Report of the Indian Hemp Drugs Commission, 1894-1895 - Volume VII
Year: 1894
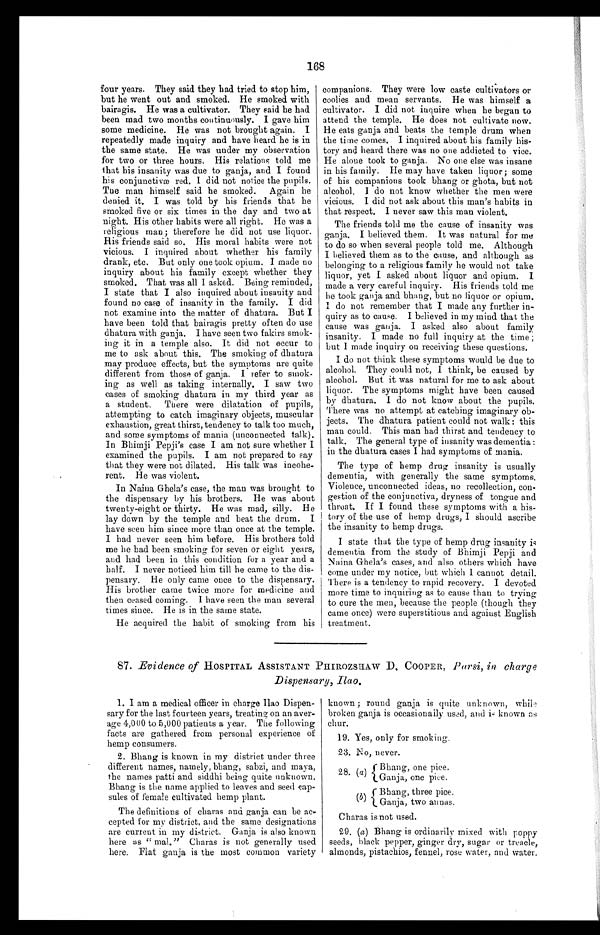
168
four years. They said they had tried to stop him,
but he went out and smoked. He smoked with
bairagis. He was a cultivator. They said he had
been mad two months continuously. I gave him
some medicine. He was not brought again. I
repeatedly made inquiry and have heard he is in
the same state. He was under my observation
for two or three hours. His relations told me
that his insanity was due to ganja, and I found
his conjunctivæ red. I did not notice the pupils.
The man himself said he smoked. Again he
denied it. I was told by his friends that he
smoked five or six times in the day and two at
night. His other habits were all right. He was a
religious man; therefore he did not use liquor.
His friends said so. His moral habits were not
vicious. I inquired about whether his family
drank, etc. But only one took opium. I made no
inquiry about his family except whether they
smoked. That was all I asked. Being reminded,
I state that I also inquired about insanity and
found no case of insanity in the family. I did
not examine into the matter of dhatura. But I
have been told that bairagis pretty often do use
dhatura with ganja. I have seen two fakirs smok-
ing it in a temple also. It did not occur to
me to ask about this. The smoking of dhatura
may produce effects, but the symptoms are quite
different from those of ganja. I refer to smok-
ing as well as taking internally. I saw two
cases of smoking dhatura in my third year as
a student. There were dilatation of pupils,
attempting to catch imaginary objects, muscular
exhaustion, great thirst, tendency to talk too much,
and some symptoms of mania (unconnected talk).
In Bhimji Pepji's case I am not sure whether I
examined the pupils. I am not prepared to say
that they were not dilated. His talk was incohe-
rent. He was violent.
In Naina Ghela's case, the man was brought to
the dispensary by his brothers. He was about
twenty-eight or thirty. He was mad, silly. He
lay down by the temple and beat the drum. I
have seen him since more than once at the temple.
I had never seen him before. His brothers told
me he had been smoking for seven or eight years,
and had been in this condition for a year and a
half. I never noticed him till he came to the dis-
pensary. He only came once to the dispensary.
His brother came twice more for medicine and
then ceased coming. I have seen the man several
times since. He is in the same state.
He acquired the habit of smoking from his
companions. They were low caste cultivators or
coolies and mean servants. He was himself a
cultivator. I did not inquire when he began to
attend the temple. He does not cultivate now.
He eats ganja and beats the temple drum when
the time comes. I inquired about his family his-
tory and heard there was no one addicted to vice.
He alone took to ganja. No one else was insane
in his family. He may have taken liquor; some
of his companions took bhang or ghota, but not
alcohol. I do not know whether the men were
vicious. I did not ask about this man's habits in
that respect. I never saw this man violent.
The friends told me the cause of insanity was
ganja. I believed them. It was natural for me
to do so when several people told me. Although
I believed them as to the cause, and although as
belonging to a religious family he would not take
liquor, yet I asked about liquor and opium. I
made a very careful inquiry. His friends told me
he took ganja and bhang, but no liquor or opium.
I do not remember that I made any further in-
quiry as to cause. I believed in my mind that the
cause was ganja. I asked also about family
insanity. I made no full inquiry at the time ;
but I made inquiry on receiving these questions.
I do not think these symptoms would be due to
alcohol. They could not, I think, be caused by
alcohol. But it was natural for me to ask about
liquor. The symptoms might have been caused
by dhatura. I do not know about the pupils.
There was no attempt at catching imaginary ob-
jects. The dhatura patient could not walk: this
man could. This man had thirst and tendency to
talk. The general type of insanity was dementia:
in the dhatura cases I had symptoms of mania.
The type of hemp drug insanity is usually
dementia, with generally the same symptoms.
Violence, unconnected ideas, no recollection, con-
gestion of the conjunctiva, dryness of tongue and
throat. If I found these symptoms with a his-
tory of the use of hemp drugs, I should ascribe
the insanity to hemp drugs.
I state that the type of hemp drug insanity is
dementia from the study of Bhimji Pepji and
Naina Ghela's cases, and also others which have
come under my notice, but which I cannot detail.
There is a tendency to rapid recovery. I devoted
more time to inquiring as to cause than to trying
to cure the men, because the people (though they
came once) were superstitious and against English
treatment.
87. Evidence of HOSPITAL ASSISTANT PHIROZSILAW D. COOPER, Parsi, in charge
Dispensary, Ilao.
1. I am a medical officer in charge Ilao Dispen-
sary for the last fourteen years, treating on an aver-
age 4,000 to 5,000 patients a year. The following
facts are gathered from personal experience of
hemp consumers.
2. Bhang is known in my district under three
different names, namely, bhang, sabzi, and maya,
the names Patti and siddhi being quite unknown.
Bhang is the name applied to leaves and seed cap-
sules of female cultivated hemp plant.
The definitions of charas and ganja can be ac-
cepted for my district, and the same designations
are current in my district. Ganja is also known
here as " mal. " Charas is not generally used
here. Flat ganja is the most common variety
known ; round ganja is quite unknown, while
broken ganja is occasionally used, and is known as
chur.
19. Yes, only for smoking.
23. No, never.
2 8 . ( a ) B h a n g , o n e p i c e .
Ganja, one pice.
( b )
Bhang, three pice.
Ganja, two annals.
Chards is not used.
1. (a ) Bhang is ordinarily mixed with poppy
seeds, black pepper, ginger dry, sugar or treacle,
almonds, pistachios, fennel, rose water, and water,